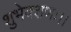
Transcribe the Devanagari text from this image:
शुभेक्शणः।।